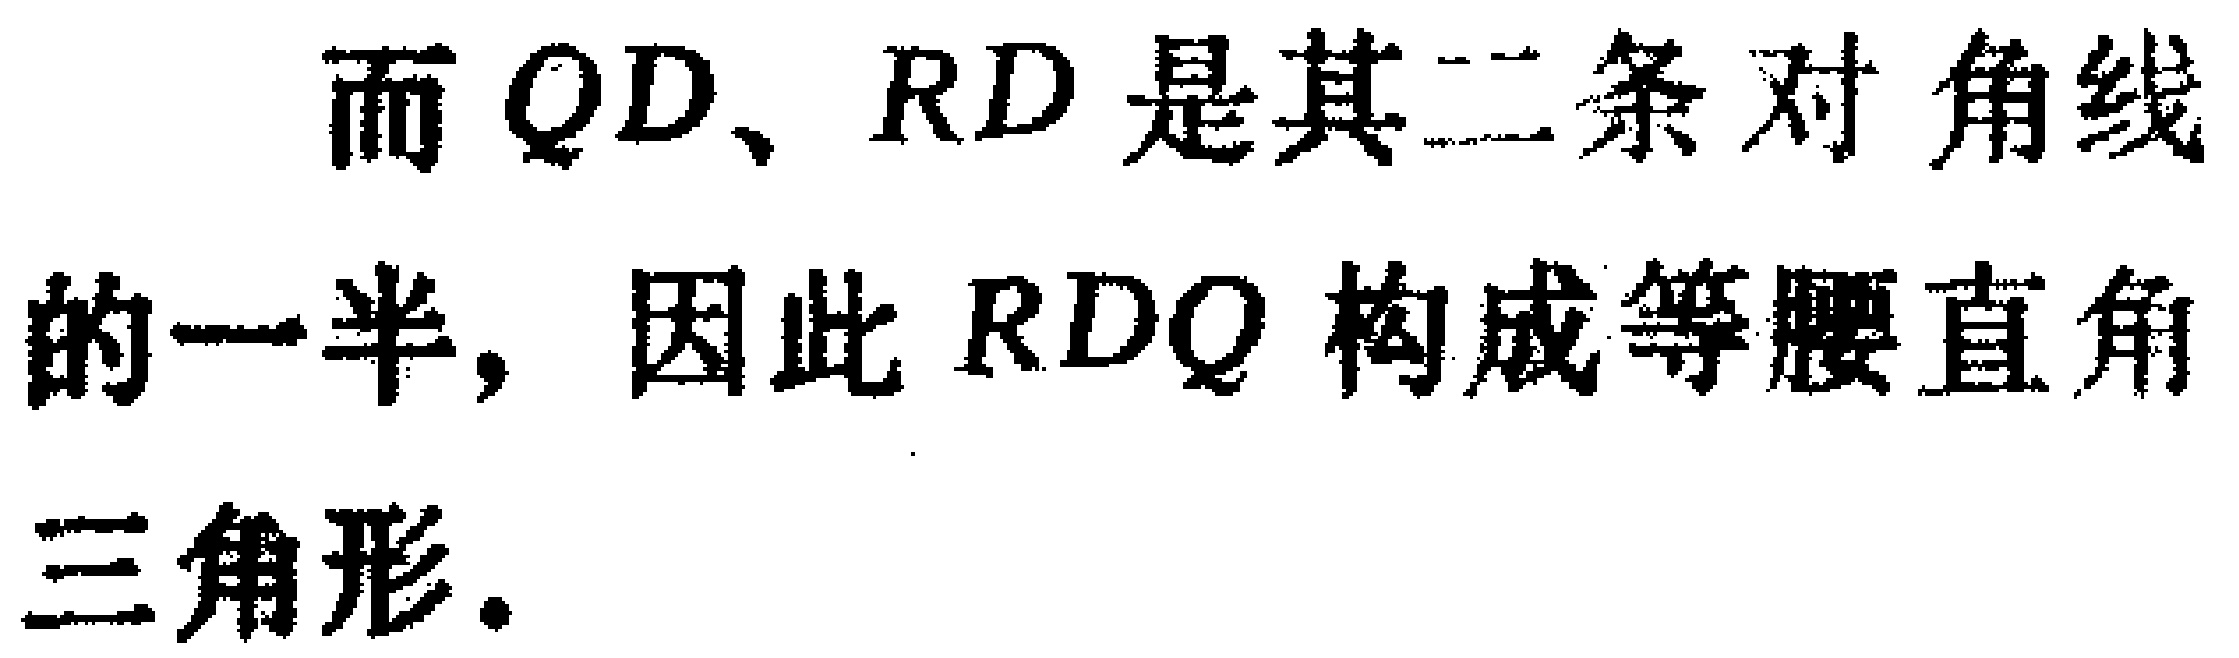
而 \(QD、RD\) 是其 二条对角线的一半，因此 \(RDQ\) 构成等腰直角三角形.